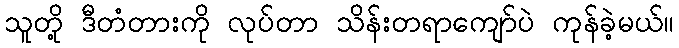
သူတို့ ဒီတံတားကို လုပ်တာ သိန်းတရာကျော်ပဲ ကုန်ခဲ့မယ်။